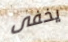
يخفى